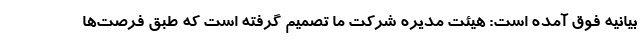
بیانیه فوق آمده است: هیئت مدیره شرکت ما تصمیم گرفته است که طبق فرصت‌ها